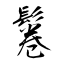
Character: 鬈